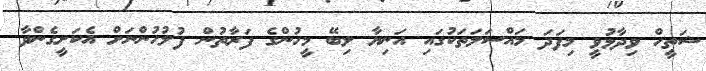
ޝަތީހް ވިދާޅުވީ މިފަދަ މައްސަލަތަކުގައި އަނިޔާ ލިބޭ މީހުންގެ ފަރާތުން ފުލުހުންނަށް އެކަށީގެންވާ